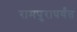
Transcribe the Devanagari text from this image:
रामपुरापर्यंत